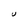
Character: U